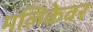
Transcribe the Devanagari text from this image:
मलिकेवर